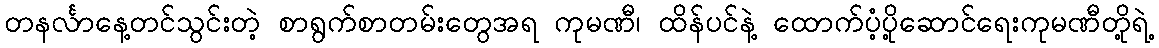
တနင်္လာနေ့တင်သွင်းတဲ့ စာရွက်စာတမ်းတွေအရ ကုမဏီ၊ ထိန်ပင်နဲ့ ထောက်ပံ့ပို့ဆောင်ရေးကုမဏီတို့ရဲ့